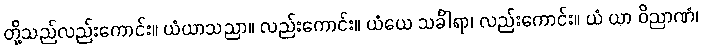
တို့သည်လည်းကောင်း။ ယံယာသညာ။ လည်းကောင်း။ ယံယေ သင်္ခါရာ၊ လည်းကောင်း။ ယံ ယာ ဝိညာဏံ၊